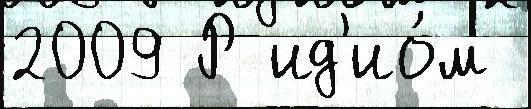
2009 Р ид'ио́м